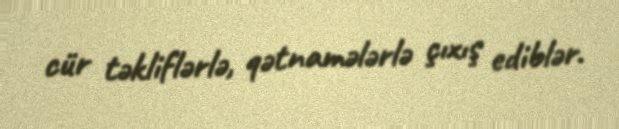
cür təkliflərlə, qətnamələrlə çıxış ediblər.